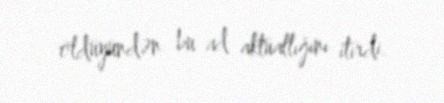
öldüyündən bu ad aktuallığını itirdi.